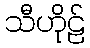
သီဟိုဠ်